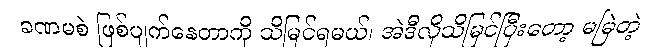
ခဏမစဲ ဖြစ်ပျက်နေတာကို သိမြင်ရမယ်၊ အဲဒီလိုသိမြင်ပြီးတော့ မမြဲတဲ့